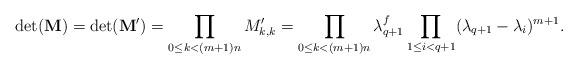
LaTeX: \begin{align*}{\rm{det}}(\mathbf{M}) = {\rm{det}}(\mathbf{M}') = \prod_{0 \leq k < (m+1)n} M'_{k, k} = \prod_{0 \leq k < (m+1)n} \lambda_{q+1}^f \prod_{1 \leq i < q+1} (\lambda_{q+1}-\lambda_i)^{m+1}.\end{align*}